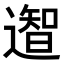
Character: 𮟎